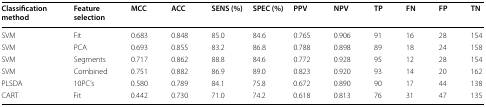
| Classification method | Feature selection | MCC | ACC | SENS (%) | SPEC (%) | PPV | NPV | TP | FN | FP | TN |
 | --- | --- | --- | --- | --- | --- | --- | --- | --- | --- | --- | --- |
 | SVM | Fit | 0.683 | 0.848 | 85.0 | 84.6 | 0.765 | 0.906 | 91 | 16 | 28 | 154 |
 | SVM | PCA | 0.693 | 0.855 | 83.2 | 86.8 | 0.788 | 0.898 | 89 | 18 | 24 | 158 |
 | SVM | Segments | 0.717 | 0.862 | 88.8 | 84.6 | 0.772 | 0.928 | 95 | 12 | 28 | 154 |
 | SVM | Combined | 0.751 | 0.882 | 86.9 | 89.0 | 0.823 | 0.920 | 93 | 14 | 20 | 162 |
 | PLSDA | 10PC’s | 0.580 | 0.789 | 84.1 | 75.8 | 0.672 | 0.890 | 90 | 17 | 44 | 138 |
 | CART | Fit | 0.442 | 0.730 | 71.0 | 74.2 | 0.618 | 0.813 | 76 | 31 | 47 | 135 |